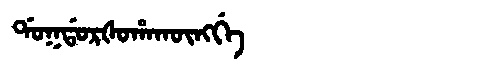
Manchu: ᡩᠣᡴᡩᠣᡵᡧᠣᡥᠠᡴᡡᠩᡤᡝ
Romanization: DOKDORŠOHAKŪNGGE